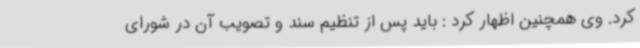
کرد. وی همچنین اظهار کرد : باید پس از تنظیم سند و تصویب آن در شورای